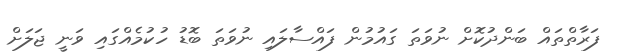
ފަރާތްތައް ބަންދުކޮށް ނުވަތަ ގައުމުން ފައްސާލައި ނުވަތަ ބޮޑު ހުކުމެއްގައި ވަނީ ޖަލަށް